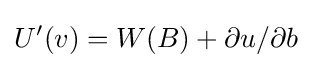
U'(v)=W(B)+\partial u/\partial b